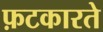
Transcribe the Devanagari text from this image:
फ़टकारते